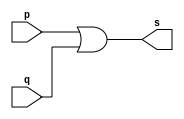
// ------------------------- 
// Exemplo0004 - OR 
// Nome: Bruno Cezar Andrade Viallet 
// ------------------------- 

// ------------------------- 
// -- or gate 
// ------------------------- 
module orgate ( output s, 
	input p, q); 
	assign s = p | q; 
endmodule // orgate 

// --------------------- 
// -- test or gate 
// --------------------- 
module testorgate; 
// ------------------------- dados locais 
	reg a, b; // definir registradores 
	wire s; // definir conexao (fio) 
// ------------------------- instancia 
	orgate OR1 (s, a, b); 
// ------------------------- preparacao 
initial begin:start 
// atribuicao simultanea 
// dos valores iniciais 
	a=0; b=0; 
end 
// ------------------------- parte principal 
initial begin 
	$display("Exemplo0004 - Bruno Cezar Andrade Viallet - 396679");
	$display("Test OR gate"); 
	$display("\na & b = s\n"); 
	a=0; b=0; 
	#1 $display("%b & %b = %b", a, b, s); 
	a=0; b=1; 
	#1 $display("%b & %b = %b", a, b, s); 
	a=1; b=0; 
	#1 $display("%b & %b = %b", a, b, s); 
	a=1; b=1; 
	#1 $display("%b & %b = %b", a, b, s); 
end 

endmodule // testorgate